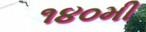
૧૪૦મી